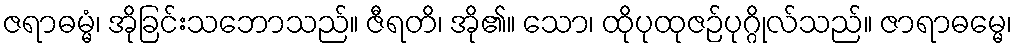
ဇရာဓမ္မံ၊ အိုခြင်းသဘောသည်။ ဇီရတိ၊ အို၏။ သော၊ ထိုပုထုဇဉ်ပုဂ္ဂိုလ်သည်။ ဇာရာဓမ္မေ၊